Assam Mental Hospital (Tezpur, India) - 1933-1948
Year: 1933
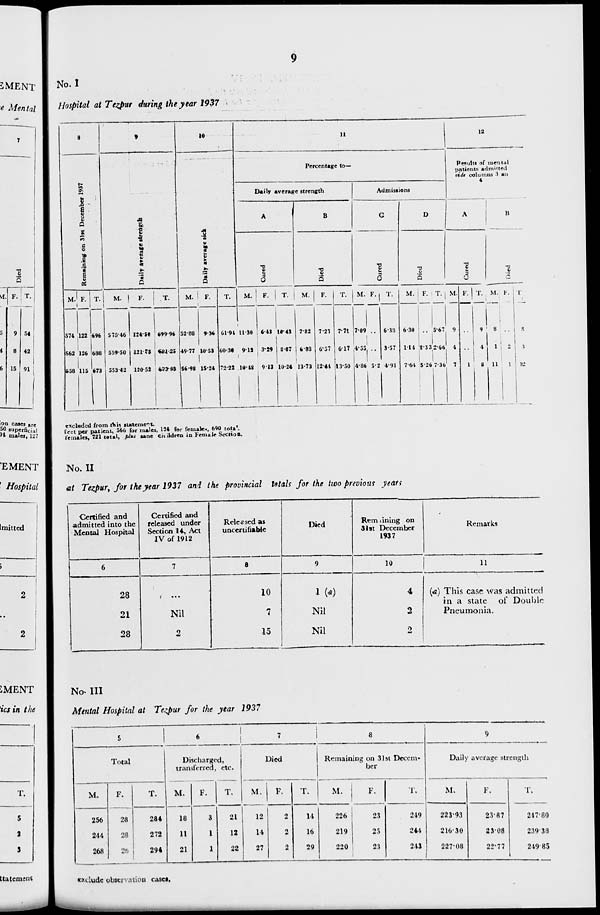
9
No. I
Hospital at Tezpur during the year 1937
8
Remaining on 31st December 1927
M.
574
562
558
F.
122
126
115
T.
696
688
673
9
Daily average strength
M.
575.46
559.50
553.42
F.
124.50
121.75
120.52
T.
699.96
681.25
673.93
10
Daily average sick
M.
52.88
49.77
56.98
F.
9.36
10.53
15.24
T.
61.94
60.30
72.22
11
Percentage to—
Daily average strength
A
Cured
M.
11.30
9.12
10.48
F.
6.43
3.29
9.13
T.
10.43
8.07
10.24
B
Died
M.
7.82
6.03
13.73
F.
7.23
6.57
12.44
T.
7.71
6.17
13.50
Admissions
C
Cur e d
M.
7.09
4.55
4.86
F.
..
..
5.2
T.
6.38
3.57
4.91
D
Died
M.
6.30
1.14
7.64
F.
..
8.33
5.26
T.
5.67
2.66
7.36
12
Results of mental
patients admitted
vide columns 3 and
4
A
Cured
M.
9
4
7
F.
..
..
1
T.
9
4
8
B
Died
M.
8
1
11
F.
..
2
1
T.
8
3
12
excluded from this statement.
feet per patient, 566 for males, 124 for females, 690 total.
females, 721 total, plus sane children in Female Section.
No. II
at Tezpur, for the year 1937 and the provincial totals for the two previous years
Certified and
admitted into the
Mental Hospital
6
28
21
28
Certified and
released under
Section 14, Act
IV of 1912
7
...
Nil
2
Released as
uncertifiable
8
10
7
15
Died
9
1 (a)
Nil
Nil
Remaining on
31st December
1937
10
4
2
2
Remarks
11
(a) This case was admitted
in a state of Double
Pneumonia.
No. III
Mental Hospital at Tezpur for the year 1937
5
Total
M.
256
244
268
F.
28
28
20
T.
284
272
294
6
Discharged,
transferred, etc.
M.
18
11
21
F.
3
1
1
T.
21
12
22
7
Died
M.
12
14
27
F.
2
2
2
T.
11
16
29
8
Remaining on 31st Decem-
ber
M.
226
219
220
F.
23
25
23
T.
249
244
243
9
Daily average strength
M.
223.93
216.30
227.08
F.
23.87
23.08
22.77
T.
247.80
239.38
249.85
exclude observation cases.